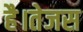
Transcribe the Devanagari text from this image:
है।तेजस